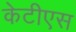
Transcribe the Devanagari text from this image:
केटीएस